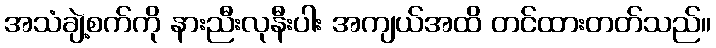
အသံချဲ့စက်ကို နားညီးလုနီးပါး အကျယ်အထိ တင်ထားတတ်သည်။